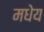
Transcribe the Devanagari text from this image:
मधेय